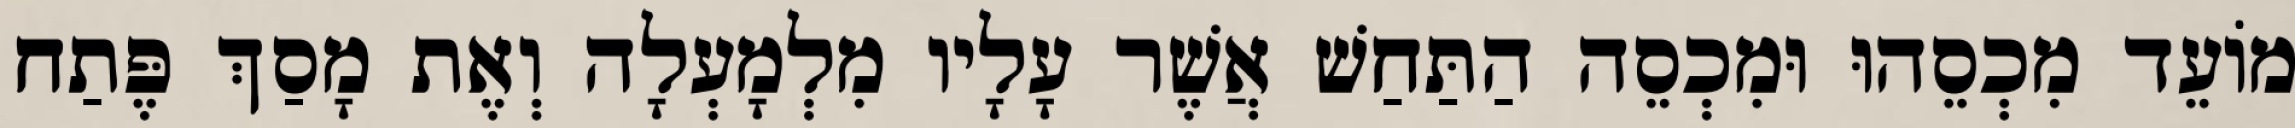
מוֹעֵד מִכְסֵהוּ וּמִכְסֵה הַתַּחַשׁ אֲשֶׁר עָלָיו מִלְמָעְלָה וְאֶת מָסַךְ פֶּתַח